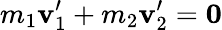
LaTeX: m_{1}\mathbf{v}_{1}^{\prime}+m_{2}\mathbf{v}_{2}^{\prime}={\boldsymbol{0}}